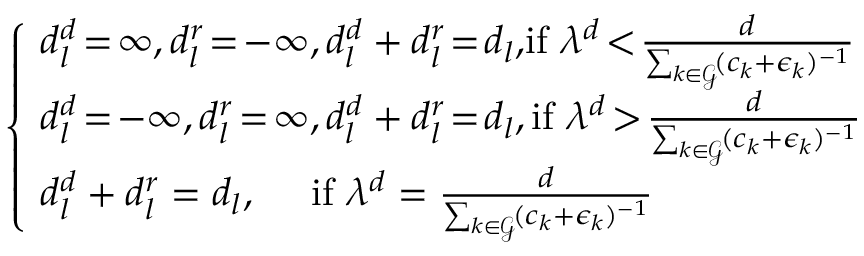
\begin{array} { r } { \! \! \! \! \left\{ \begin{array} { l } { \! d _ { l } ^ { d } \! = \! \infty , d _ { l } ^ { r } \! = \! - \infty , d _ { l } ^ { d } + d _ { l } ^ { r } \! = \! d _ { l } , \! \mathrm { i f ~ } \lambda ^ { d } \! < \! \frac { d } { \sum _ { k \in \mathcal { G } } \! ( c _ { k } + \epsilon _ { k } ) ^ { - 1 } } } \\ { \! d _ { l } ^ { d } \! = \! - \infty , d _ { l } ^ { r } \! = \! \infty , d _ { l } ^ { d } + d _ { l } ^ { r } \! = \! d _ { l } , \mathrm { i f ~ } \lambda ^ { d } \! > \! \frac { d } { \sum _ { k \in \mathcal { G } } \! ( c _ { k } + \epsilon _ { k } ) ^ { - 1 } } } \\ { \! d _ { l } ^ { d } + d _ { l } ^ { r } = d _ { l } , \quad \mathrm { ~ i f ~ } \lambda ^ { d } = \frac { d } { \sum _ { k \in \mathcal { G } } \! ( c _ { k } + \epsilon _ { k } ) ^ { - 1 } } } \end{array} \right. } \end{array}